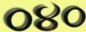
૦૪૦